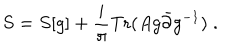
S = S [ g ] + \frac { i } { \pi } \mathrm { T r } ( A g { \bar { \partial } } g ^ { - 1 } ) \; .